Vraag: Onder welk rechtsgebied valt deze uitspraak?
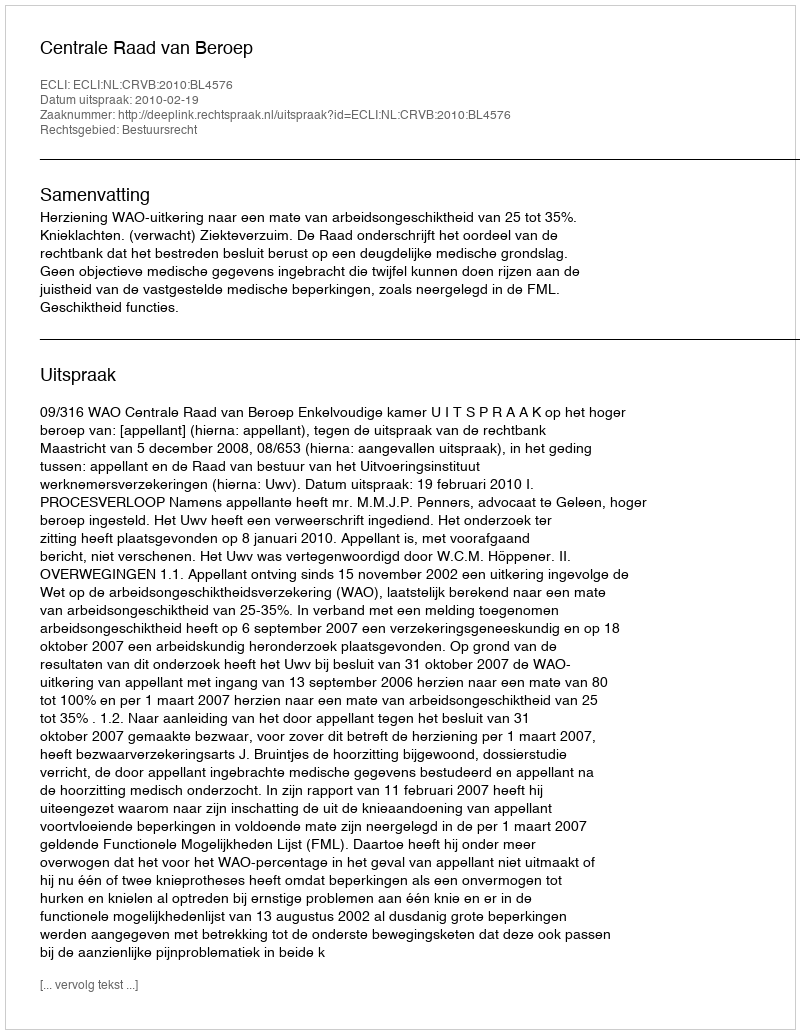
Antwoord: Bestuursrecht